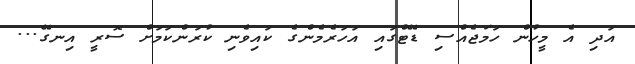
އަދި އެ މީހުން ހަމަޖެއްސި ޑޭޓްގައި އަހަރެމެންގެ ކައިވެނި ކުރަންކަމަށް ސޮރީ އިނގޭ...